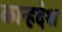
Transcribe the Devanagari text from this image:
कान्हदेश